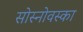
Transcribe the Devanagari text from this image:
सोस्नोवस्का